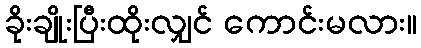
ခိုးချိုးပြီးထိုးလျှင် ကောင်းမလား။